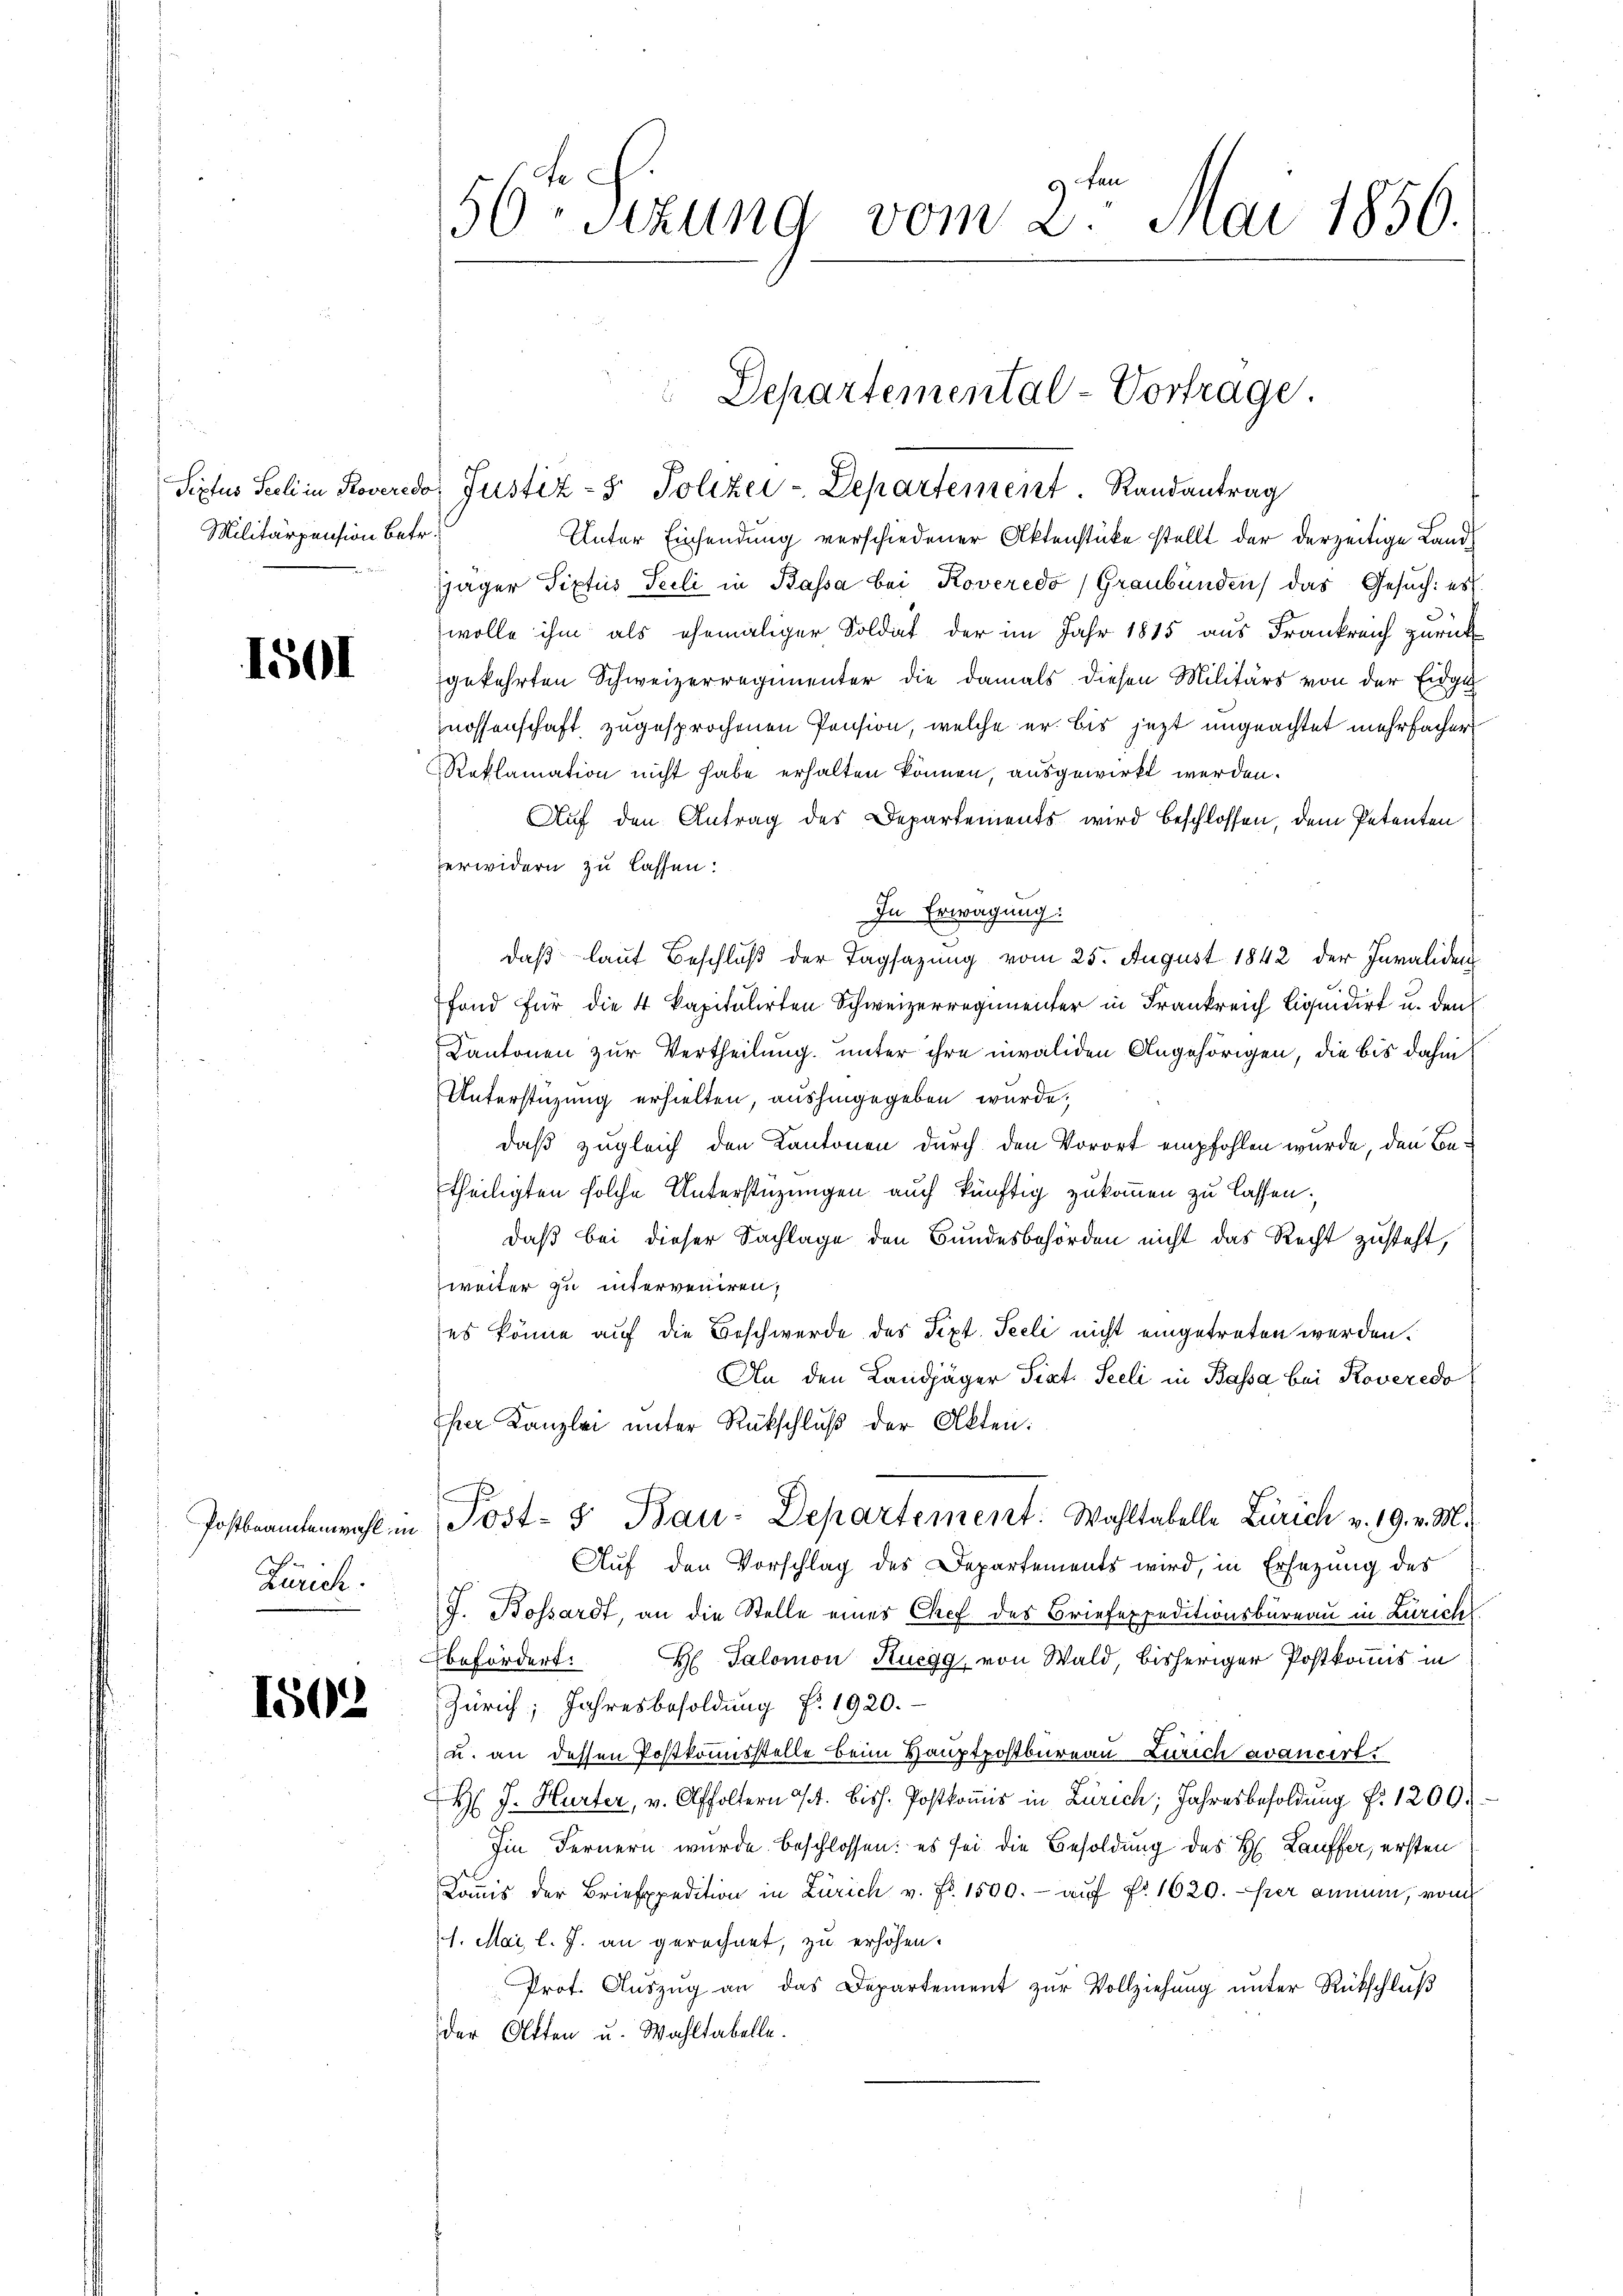
Militärpension betr.

1501

ch
Zürich.

1502

Siptus Seeli in Roveredo, Justiz- & Polizei-Departement. Randantrag
Unter Einsendung verschiedener Aktenstücke stellt der derzeitige Land-
Jäger Tiptus Teili in Kassa bei Koveredo (Graubünden, das Gesuch: es
wolle ihm als ehemaliger Soldat der im Jahr 1815 aus Frankreich zurück
gekehrten Schweizerregimenter die damals diesen Militärs von der Eidge
nossenschaft, zugesprochenen Pension, welche er bis jezt ungeachtet mehrfacher
Reklamation nicht habe erhalten können, ausgewirkt werden.
Auf den Antrag des Departements wird beschlossen, dem Petenten
erwidern zu lassen:
In Erwägung:
daß laut Beschluß der Tagsazung vom 25. August 1842 der Invaliden
fond für die 4 kapitulirten Schweizerregimenter in Frankreich Liquidirt u. den
Kantonen zur Vertheilung unter ihre invaliden Angehörigen, die bis dahin
Unterstüzung erhielten, aushingegeben wurde,
daß zugleich den Kantonen durch den Vorort empfohlen wurde, den Betheiligten solche Unterstüzungen auch künftig zukommen zu lassen.
daß bei dieser Sachlage den Bundesbehörden nicht das Recht zusteht,
weiter zu interveniren,
es könne auf die Beschwerde des Sept. Teeli nicht eingetreten werden.
An den Landjäger Sist. Seeli in Bassa bei Roveredo
her Kanzlei unter Rückschluß der Akten.
Postbrantenwohl in Post- & Bau-Departement: Wahltabelle Zürich v. 19. v. M.
Auf den Vorschlag des Departements wird, in Ersezung des
J. Bossardt, an die Stelle eines Chef des Briefexpeditionsbureau in Zürich
befördert: HTalomon Ruegg, von Wald, bisheriger Postkommis in
Zürich; Jahresbesoldŭng f. 1920.
u. an dessen Postkommisstelle beim Hauptpostbureau Zürich avancirt.
H J. Hurter, v. Affoltern a/A. Bish. Postkoṁis in Zürich; Jahresbesoldung f. 1200.
Im Fernern wurde beschlossen: es sei die Besoldung des H. Lauffer, ersten
Koṁis der Briefpedition in Zürich v. Fr. 1500.- aŭf fr. 1620. per annen, vom
1. Mai l. J. an gerechnet, zu erhöhen.
Prot. Aŭszŭg an das Departement zŭr Vollziehung unter Rückschluß
der Otten u. Wahltabelle.

56ten Sizung vom 2ten Mai 1856.

Departemental-Vortrage.